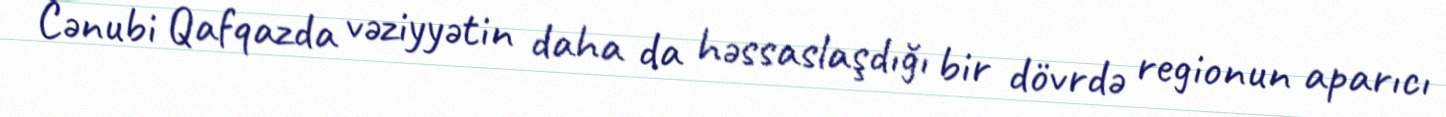
Cənubi Qafqazda vəziyyətin daha da həssaslaşdığı bir dövrdə regionun aparıcı